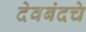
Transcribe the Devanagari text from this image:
देवबंदचे